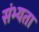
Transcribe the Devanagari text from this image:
संभ्यता